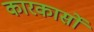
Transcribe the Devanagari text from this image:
कारकार्सो